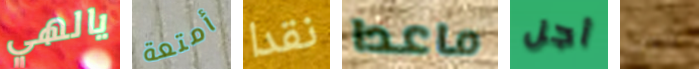
يالهي أمتعة نقدا ماعدا أجل بارت